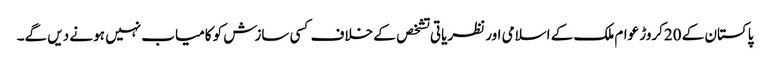
پاکستان کے 20کروڑ عوام ملک کے اسلامی اور نظریاتی تشخص کے خلاف کسی سازش کو کامیاب نہیں ہو نے دیں گے۔